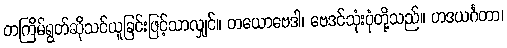
တကြိမ်ရွတ်ဆိုသင်ယူခြင်းဖြင့်သာလျှင်။ တယောဗေဒါ၊ ဗေဒင်သုံးပုံတို့သည်။ ဟဒယင်္ဂတာ၊